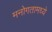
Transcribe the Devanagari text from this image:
मनोगतामध्ये